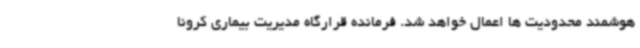
هوشمند محدودیت ها اعمال خواهد شد. فرمانده قرارگاه مدیریت بیماری کرونا